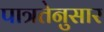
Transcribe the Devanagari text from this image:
पात्रतेनुसार